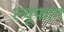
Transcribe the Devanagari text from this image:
ल्यूफान